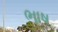
ભાષ